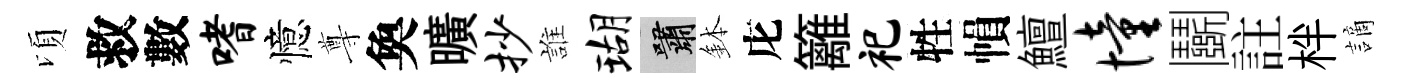
頃救數嗜憶尊奐曠抄誰瑚嘯鉢庀籬祀牲𢄙鱣憧鬬註柈謫